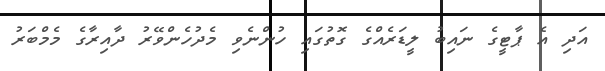
އަދި އެ ޕާޓީގެ ނައިބު ލީޑަރެއްގެ ގޮތުގައި ހުންނެވި މެދުހެންވޭރު ދާއިރާގެ މެމްބަރު